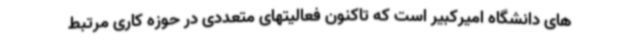
های دانشگاه امیرکبیر است که تاکنون فعالیتهای متعددی در حوزه کاری مرتبط